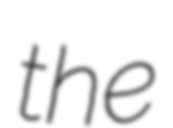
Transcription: the